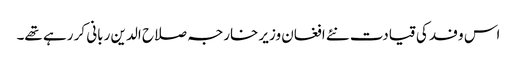
اس وفد کی قیادت نئے افغان وزیر خارجہ صلاح الدین ربانی کر رہے تھے۔